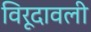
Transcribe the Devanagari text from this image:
विरूदावली